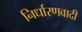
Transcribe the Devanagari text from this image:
निर्धारणवादी